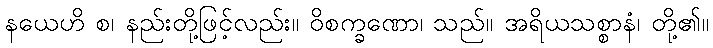
နယေဟိ စ၊ နည်းတို့ဖြင့်လည်း။ ဝိစက္ခဏော၊ သည်။ အရိယသစ္စာနံ၊ တို့၏။